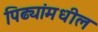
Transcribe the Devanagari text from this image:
पिढ्यांमधील